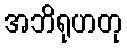
အဘိရုဟတု